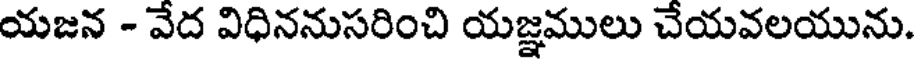
యజన - వేద విధిననుసరించి యజ్ఞములు చేయవలయును.